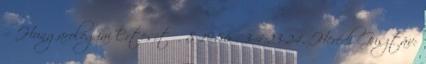
= Hungarológiai Értesítő. 8 1986 . 3-4:23-24. Herédi Gusztáv: